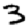
Digit: 3